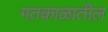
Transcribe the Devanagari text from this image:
गतकाळातील